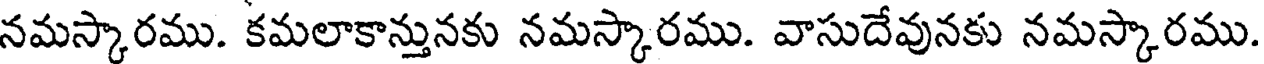
నమస్కారము. కమలాకాన్తునకు నమస్కారము. వాసుదేవునకు నమస్కారము.